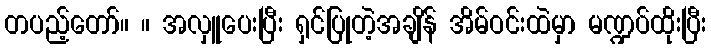
တပည့်တော်။ ။ အလှူပေးပြီး ရှင်ပြုတဲ့အချိန် အိမ်ဝင်းထဲမှာ မဏ္ဍပ်ထိုးပြီး